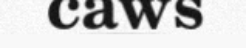
caws